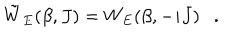
LaTeX: \tilde { W } _ { E } ( \beta , J ) = W _ { E } ( \beta , - i J ) .